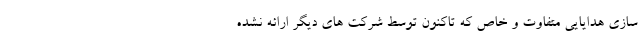
سازی هدایایی متفاوت و خاص که تاکنون توسط شرکت های دیگر ارائه نشده